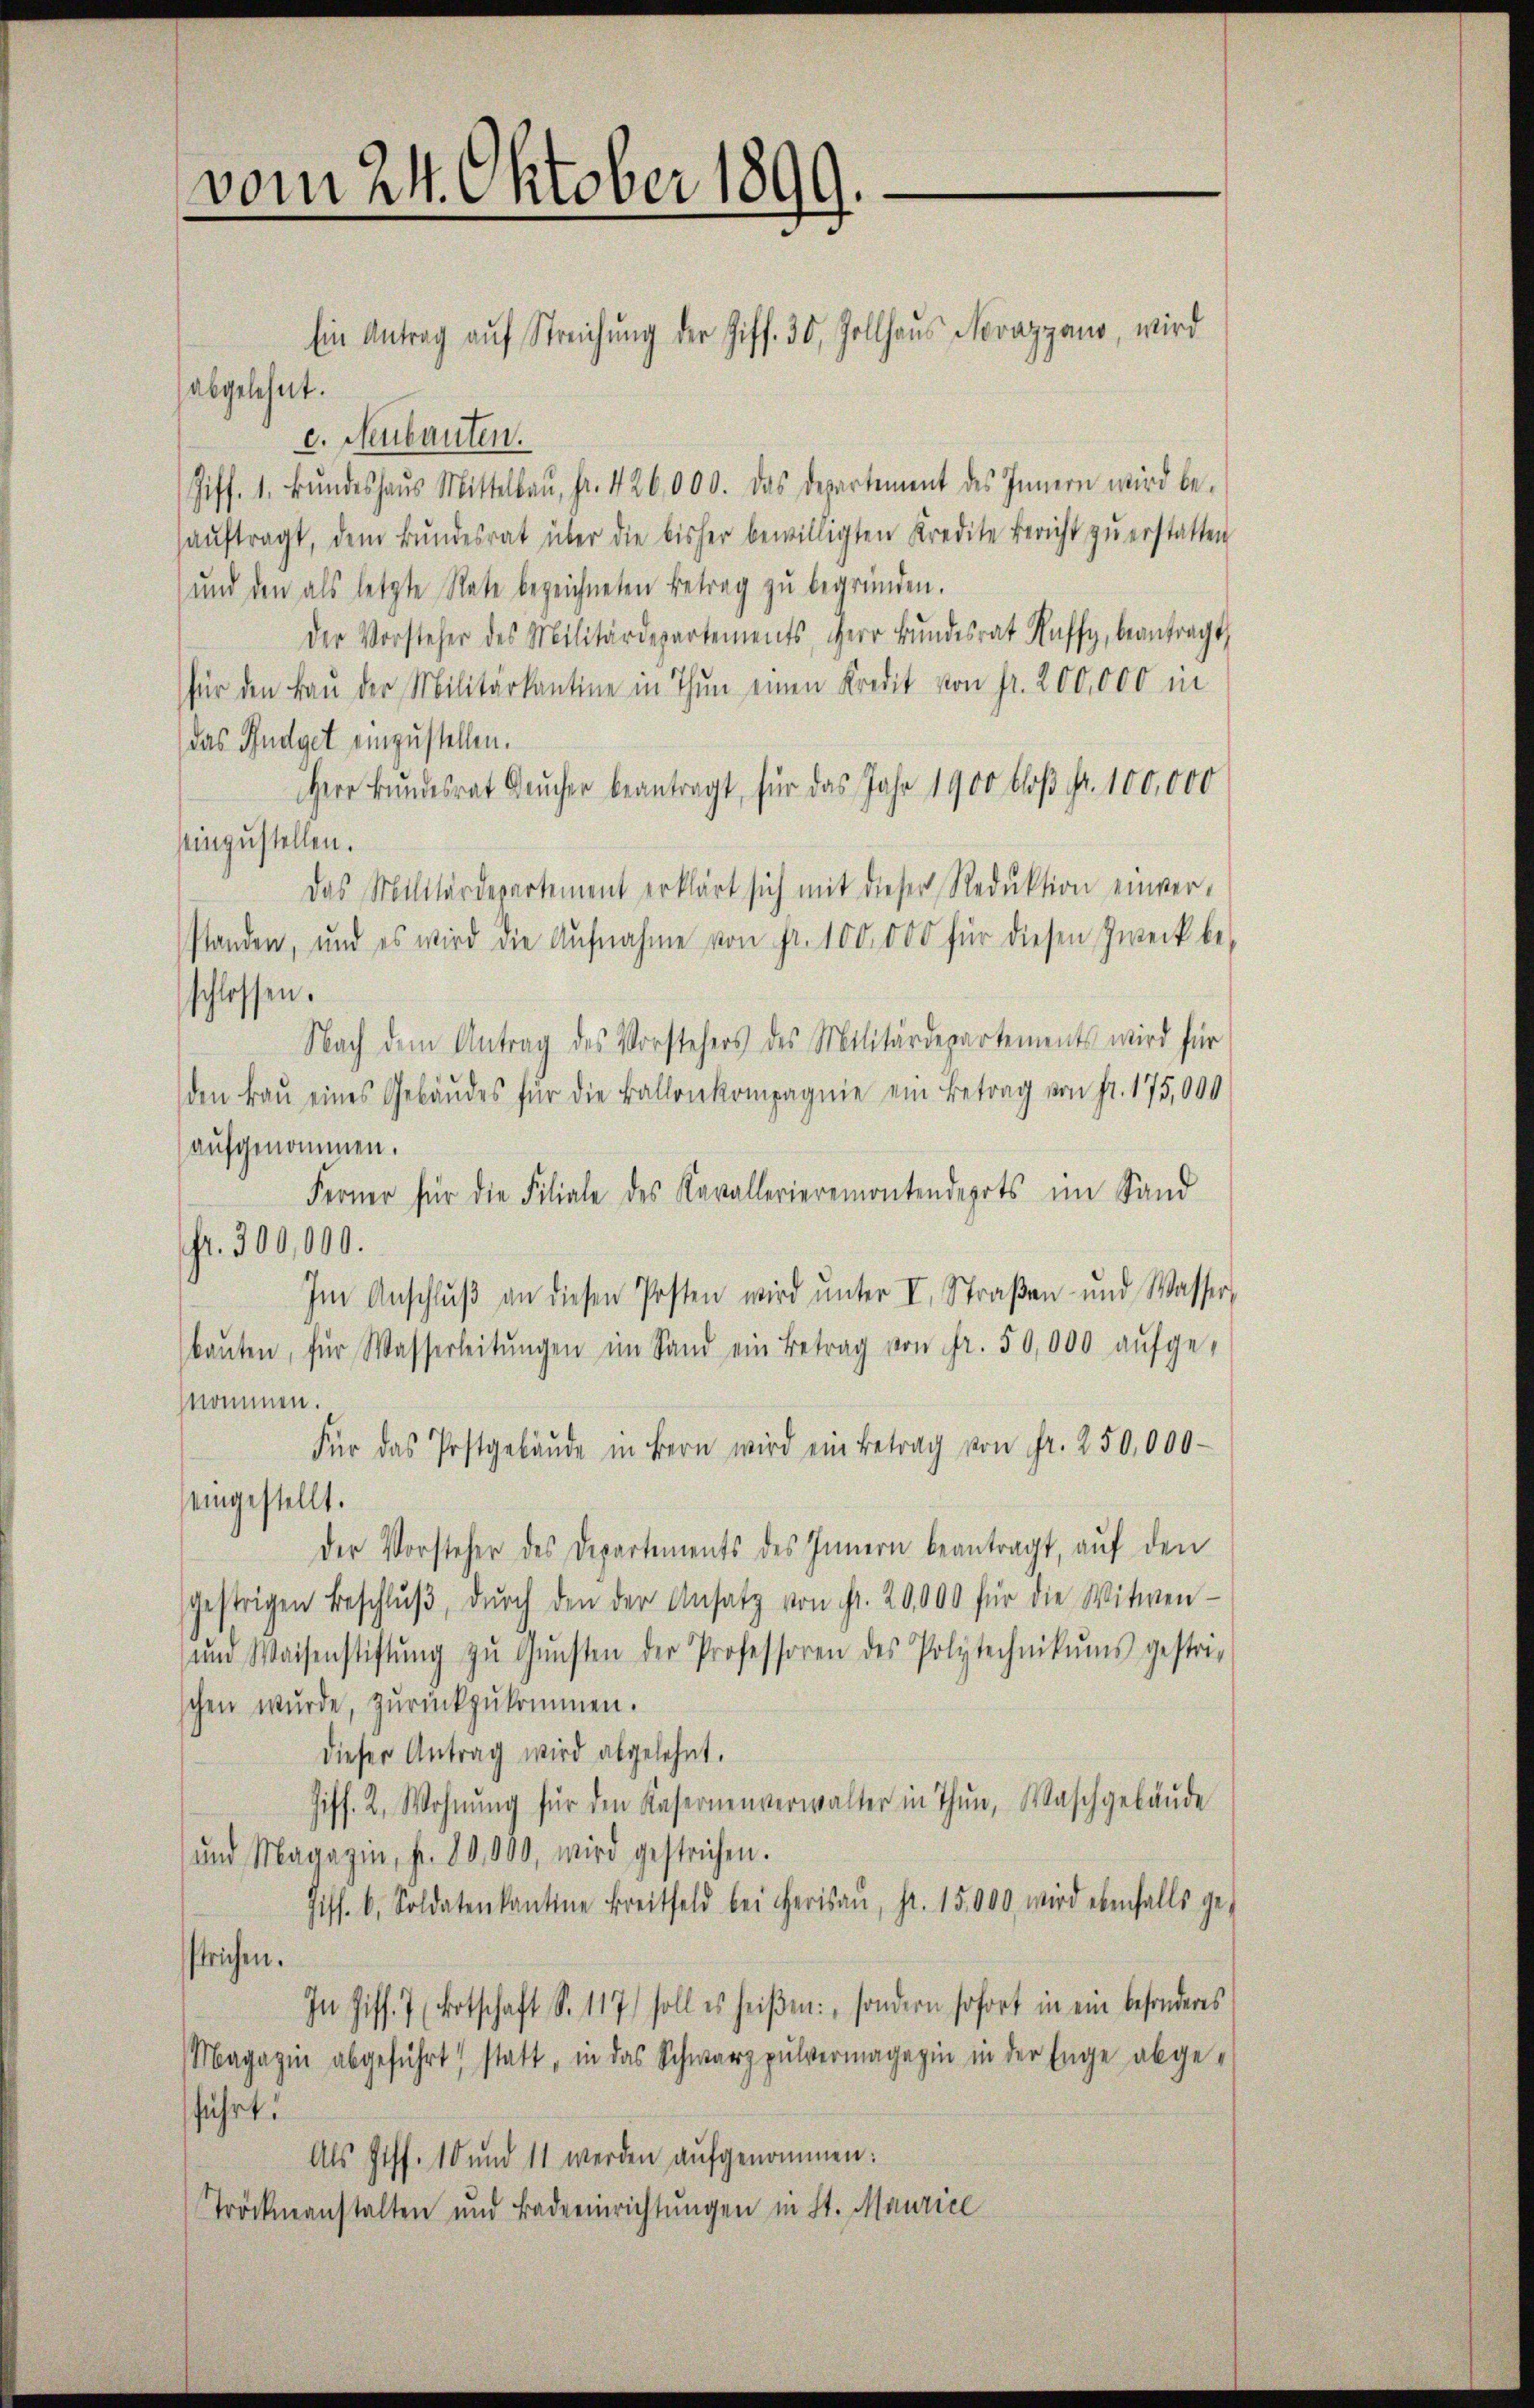
vom 24. Oktober 1899.
Ein Antrag aŭf Streichŭng der Ziff. 30, Zollhaus Novazgaus, wird

abgelehnt.
c. Neubauten.
Ziff. 1. Bŭndeshaŭs Mittelbaŭ, Fr. 426,000. Das Departement des Innern wird be-
aŭftragt, dem Bŭndesrat über die bisher bewilligten Kredite Bericht zŭ erstatten
und den als letzte Rate bezeichneten Betrag zu begründen.
Der Vorsteher des Militärdepartements, Herr Bŭndesrat Kaffy, beantragt,
für den Bau der Militärkantine in Thun einen Kredit von Fr. 200,000 in
das Budget einzustellen.
Herr Bundesrat Bŭcher beantragt, für das Jahr 1900 bloß Fr. 100,000
einzustellen.
Das Militärdepartement erklärt sich mit dieser Reduktion einver-
standen, und es wird die Aŭfnahme von Fr. 100.000 für diesen Zweck be-
schlossen.
Nach dem Antrag des Vorstehers des Militärdepartements wird für
den Frau eines Gebäudes für die Ballenkompagnie ein Betrag von fr. 175,000
aufgenommen.
Ferner für die Filiale des Kavallerieremontendepots im Sand
fr. 300,000.
Im Anschlŭβ an diesen Posten wird ŭnter I. Straßen- und Wasser,
baŭten, für Wasserleitŭngen im Sand ein Betrag von fr. 50,000 aŭfge-
nommen.
Für das Postgebäŭde in Bern wird ein Betrag von Fr. 250,000
eingestellt.
der Vorsteher des Departements des Innern beantragt, auf den
gestrigen Beschlŭβ dŭrch den der Ansatz von Fr. 20,000 für die Witwen-
ŭnd Waisenstiftŭng zŭ Gŭnsten der Professoren des Polytechnikums gestri-
schen wurde, zurückzukommen.
dieser Antrag wird abgelehnt.
Ziff. 2. Wohnŭng für den Kasernenverwalter in Thun, Waschgebäŭde
und Magazin, fr. 80,000, wird gestrichen.
Ziff. b. Soldatenkantone Breitfeld bei Herisaŭ, pr. 15,000 wird ebenfalls ge-
strichen.
In Ziff. 7 (Botschaft S. 117) soll es heiβen:sondern sofort in ein besonderes
Magazin abgeführt, statt, in das Schwarzpulvermagazin in der Enge abge-
führt:
Als Hoff. 10 und 11 werden aufgenommen:
Tröcknanstalten und Badeeinrichtungen in St. Maurice